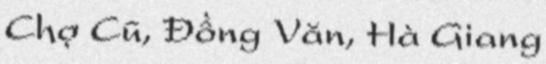
Chợ Cũ, Đồng Văn, Hà Giang